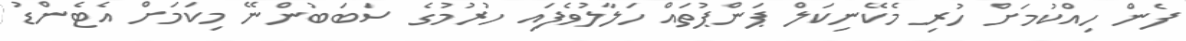
ފެން ހިއްކުމަށް ހުރި މެކޭނިކަލް ޕަންޕުތައް ހަލާލުވެފައި ހުރުމުގެ ސަބަބުންނޭ މިކަމަށް އެޓެންޑު